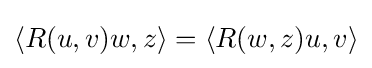
\langle R(u,v)w,z\rangle =\langle R(w,z)u,v\rangle